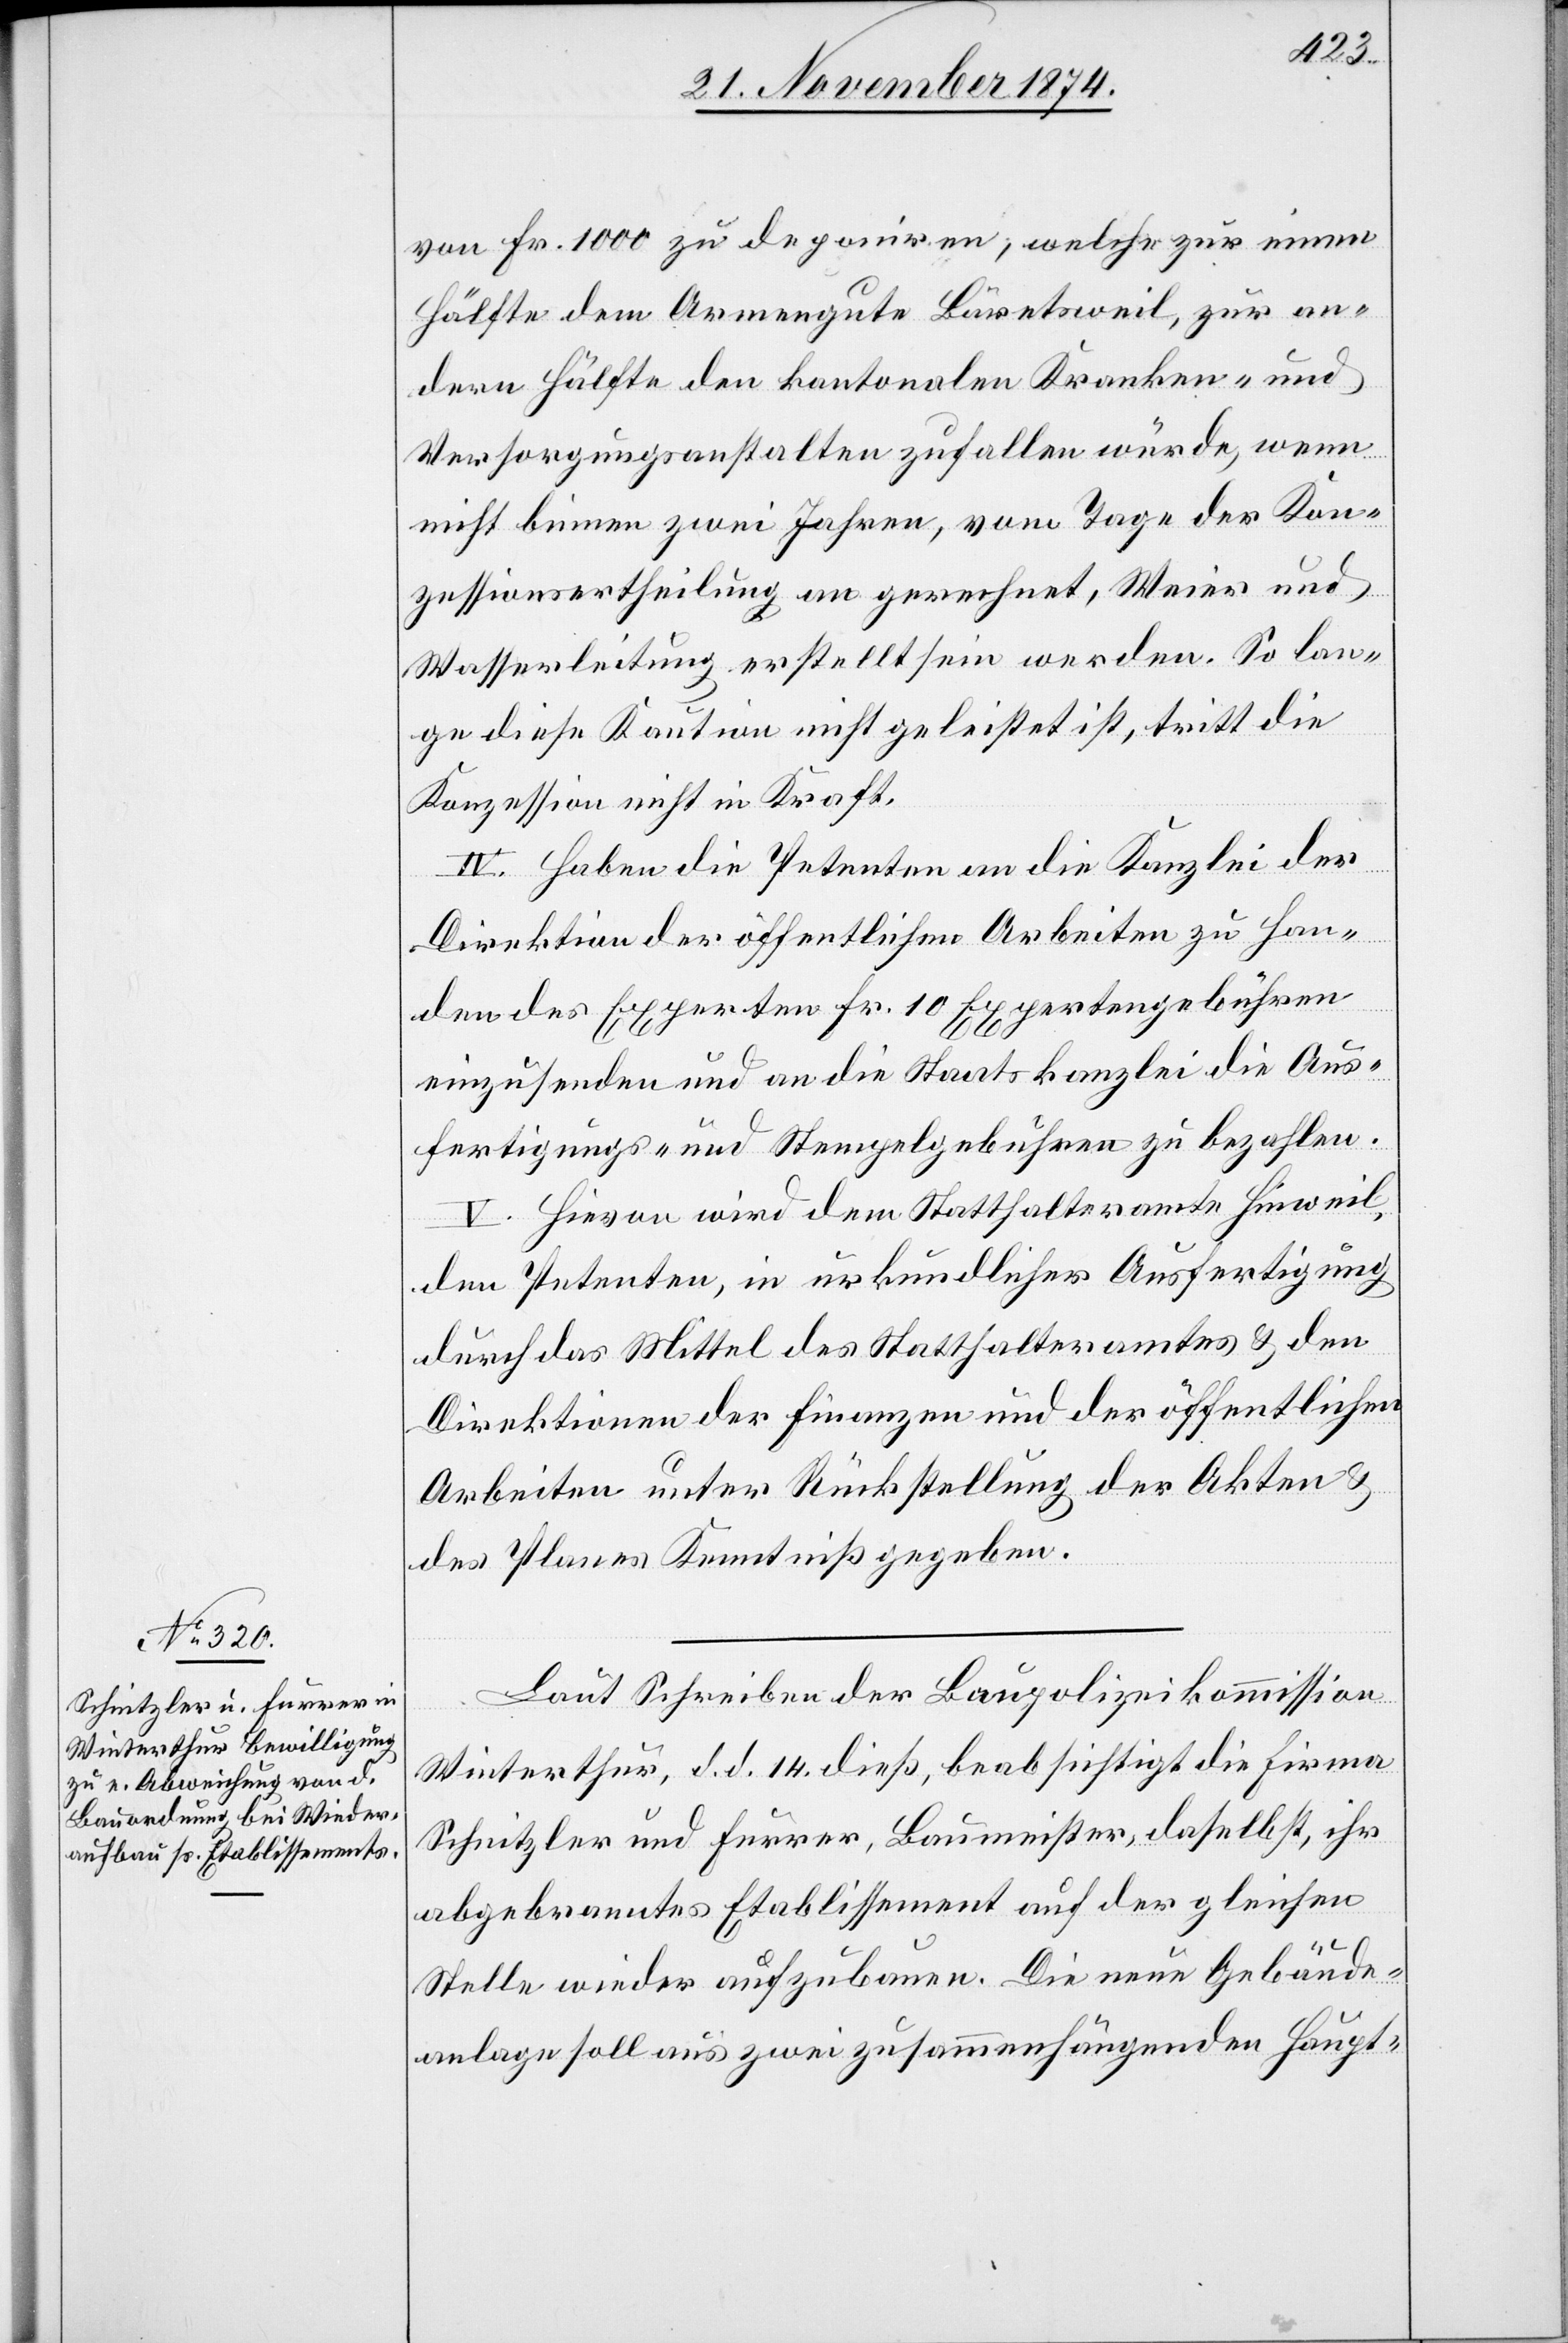
von Fr. 100 zu deponiren, welche zur einen
Hälfte dem Armengute Bäretsweil, zur an¬
dern Hälfte den kantonalen Kranken- und
Versorgungsanstalten zufallen würde, wenn
nicht binnen zwei Jahren, vom Tage der Kon¬
zessionsertheilung an gerechnet, Weier und
Wasserleitung erstellt sein werden. So lan¬
ge diese Kaution nicht geleistet ist, tritt die
Konzession nicht in Kraft.
IV. Haben die Petenten an die Kanzlei der
Direktion der öffentlichen Arbeiten zu Han¬
den des Experten Fr. 10 Expertengebühren
einzusenden und an die Staatskanzlei die Aus¬
fertigungs- und Stempelgebühren zu bezahlen.
V. Hievon wird dem Statthalteramte Hinweil,
den Petenten, in urkundlicher Ausfertigung
durch das Mittel des Statthalteramtes & den
Direktionen der Finanzen und der öffentlichen
Arbeiten unter Rückstellung der Akten &
des Planes Kenntniß gegeben.
Laut Schreiben der Baupolizeikommission
Winterthur, d. d. 14. dieß, beabsichtigt die Firma
Schnitzler und Furrer, Baumeister, daselbst, ihr
abgebranntes Etablissement auf der gleichen
Stelle wieder aufzubauen. Die neue Gebäude¬
anlage soll aus zwei zusammenhängenden Haupt-